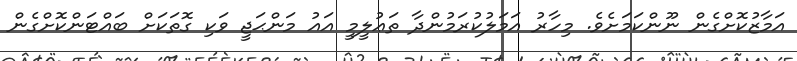
އަމާޒުކޮށްގެން ނޫންކަމަށެވެ. މިހާރު އަމަލުކުރަމުންދާ ތަޢުލީމީ އައު މަންޙަޖީ ވަކި ގޮތަކަށް ބައްޓަންކޮށްގެން